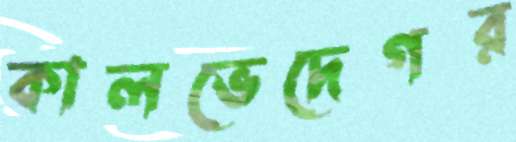
কালভেদেগর